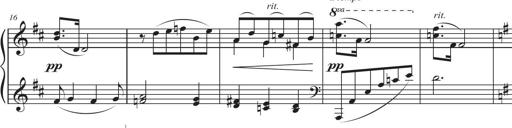
Title: Sonatina in D major
Composer: Shota Saitoh
Key: D major